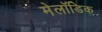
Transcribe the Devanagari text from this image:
मेलॉडिक